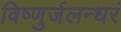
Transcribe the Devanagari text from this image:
विष्णुर्जलन्धरं